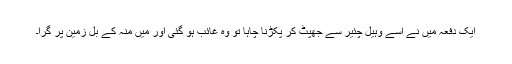
ایک دفعہ میں نے اسے وہیل چئیر سے جھپٹ کر پکڑنا چاہا تو وہ غائب ہو گئی اور میں منہ کے بل زمین پر گرا۔